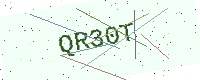
Text: QR30T